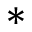
*